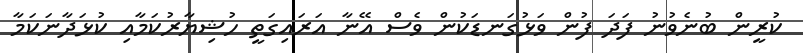
ކުރީން ބުނެވުނު ފަދަ ފުން ވަޅުގަނޑަކުން ވެސް އޭނާ އަރައިގަތީ ހުޝިޔާރުކަމާއި ކުޅަދާނަކަމާ